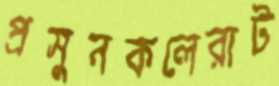
প্রসুনকলেরাট